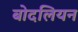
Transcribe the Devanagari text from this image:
बोदलियन